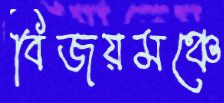
বিজয়মঞ্চে